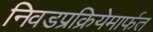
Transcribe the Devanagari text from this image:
निवडप्रक्रियेमार्फत